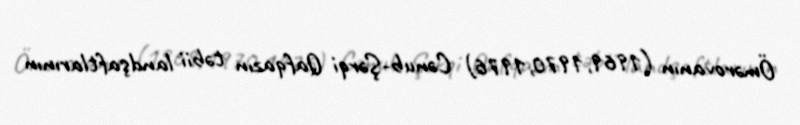
Ömərovanın (1969,1970,1976) Cənub-Şərqi Qafqazın təbii landşaftlarının